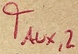
Text: TAUX,2